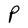
Character: P